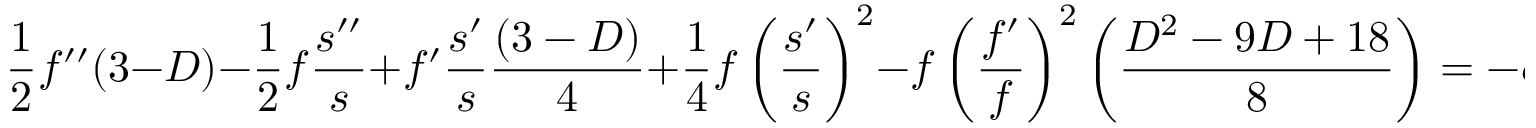
\frac { 1 } { 2 } f ^ { \prime \prime } ( 3 - D ) - \frac { 1 } { 2 } f \frac { s ^ { \prime \prime } } { s } + f ^ { \prime } \frac { s ^ { \prime } } { s } \frac { ( 3 - D ) } { 4 } + \frac { 1 } { 4 } f \left( \frac { s ^ { \prime } } { s } \right) ^ { 2 } - f \left( \frac { f ^ { \prime } } { f } \right) ^ { 2 } \left( \frac { D ^ { 2 } - 9 D + 1 8 } { 8 } \right) = - \alpha ^ { 2 } f \frac { ( D - 2 ) ^ { 2 } + ( D - 2 ) } { 8 }